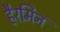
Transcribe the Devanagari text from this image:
हैरमिन